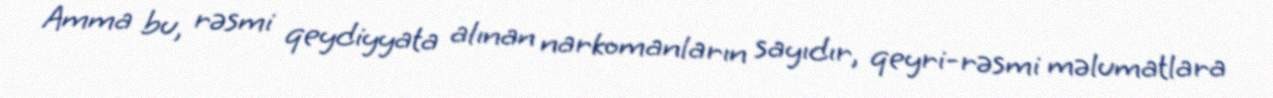
Amma bu, rəsmi qeydiyyata alınan narkomanların sayıdır, qeyri-rəsmi məlumatlara